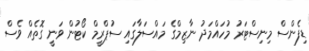
ޑިފެންސް މިނިސްޓަރު މުހައްމަދު ނާޒިމްގެ މައްސަލާގައި ސުޕްރީމް ކޯޓުން ވަނީ ގޮތެއް ވެސް